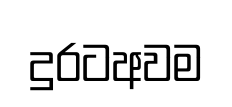
දුරටඅවම